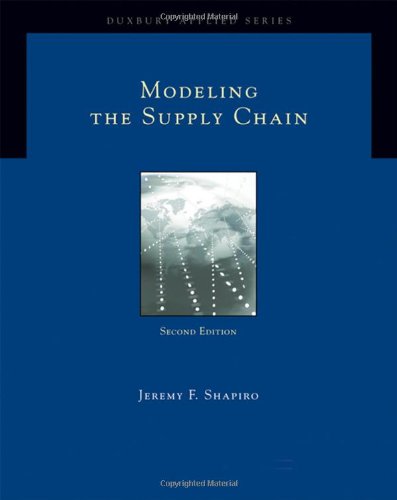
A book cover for Modeling the Supply Chain (Duxbury Applied); Jeremy F. Shapiro; Business & Money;